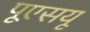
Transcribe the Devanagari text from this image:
पूएसयू